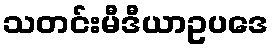
သတင်းမီဒီယာဥပဒေ